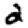
Digit: 2